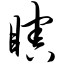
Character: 瞎